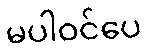
မပါဝင်ပေ